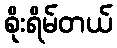
စိုးရိမ်တယ်